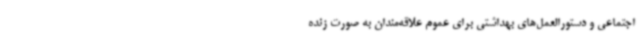
اجتماعی و دستورالعمل‌های بهداشتی برای عموم علاقه‌مندان به صورت زنده